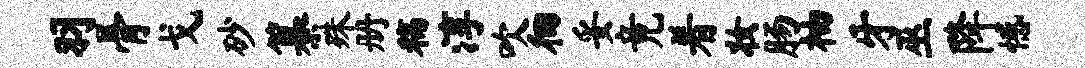
羽骨戈砂纂殊册稿淳吹徊妥竟着妆肠柚牙巫降憾